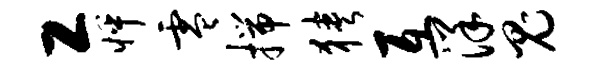
工怦零揣狭互洋鬼